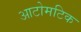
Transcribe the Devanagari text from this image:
आटोमटिक